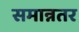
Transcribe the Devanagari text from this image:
समान्नतर